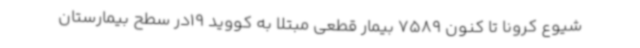
شیوع کرونا تا کنون 7589 بیمار قطعی مبتلا به کووید 19در سطح بیمارستان